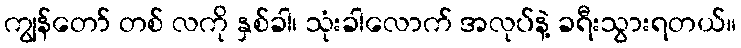
ကျွန်တော် တစ် လကို နှစ်ခါ၊ သုံးခါလောက် အလုပ်နဲ့ ခရီးသွားရတယ်။